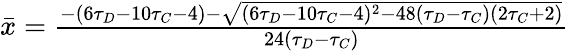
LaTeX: \begin{array}{r}{\bar{x}=\frac{-(6\tau_{D}-10\tau_{C}-4)-\sqrt{(6\tau_{D}-10\tau_{C}-4)^{2}-48(\tau_{D}-\tau_{C})(2\tau_{C}+2)}}{24(\tau_{D}-\tau_{C})}}\end{array}